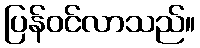
ပြန်ဝင်လာသည်။